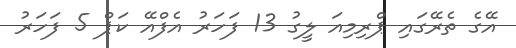
އޭގެ ތެރޭގައި ޕްރިމިއަ ލީގު 13 ފަހަރު އެފްއޭ ކަޕް 5 ފަހަރު